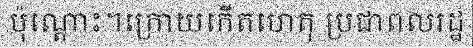
ប៉ុណ្តោះ។ក្រោយកើតហេតុ ប្រជាពលរដ្ឋ